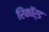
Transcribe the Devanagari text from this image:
रिकाॅर्ड